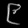
Digit: ၉